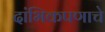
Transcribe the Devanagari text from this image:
दांभिकपणाचे